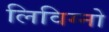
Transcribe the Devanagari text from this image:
लिविग्नो